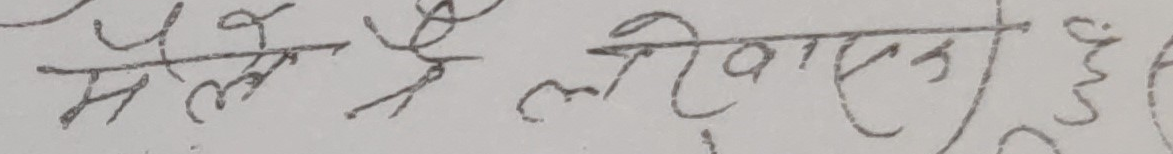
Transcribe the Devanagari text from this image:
मेले लोखास। है